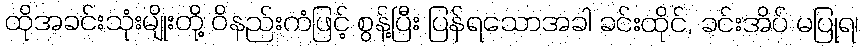
ထိုအခင်းသုံးမျိုးတို့ ဝိနည်းကံဖြင့် စွန့်ပြီး ပြန်ရသောအခါ ခင်းထိုင်, ခင်းအိပ် မပြုရ၊